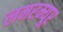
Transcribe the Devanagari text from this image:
लमरम्यूर